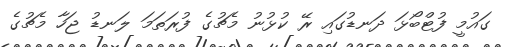
ގައުމީ ފުޓްބޯޅަ ދަނޑުގައި ރޭ ކުޅުނު މެޗުގެ ފުރަތަމަ ލަނޑު ޖަހާ މެޗުގެ